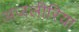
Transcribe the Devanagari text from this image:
अजलीरिया